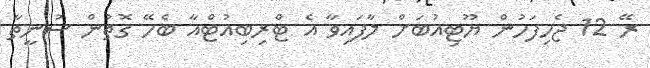
ރޭ 12 ޖެހިފަހުން ޔޫޓިއުބަށް ލާފައިވާ އެ ޓްރިބިއުޓްއާ ބެހޭ ގޮތުން ސުނީތާ